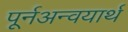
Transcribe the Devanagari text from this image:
पूर्नअन्वयार्थ